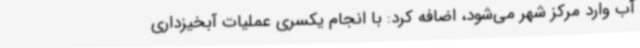
آب وارد مرکز شهر می‌شود، اضافه کرد: با انجام یکسری عملیات آبخیزداری